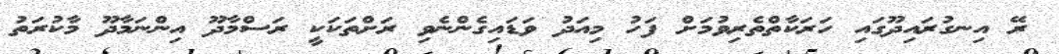
ރޭ އިނގުރައިދޫގައި ހަރަކާތްތެރިވުމަށް ފަހު މިއަދު ވަޑައިގެންނެވި ރަށްތަކަކީ ރަސްމާދޫ އިންނަމާދޫ މާކުރަތު